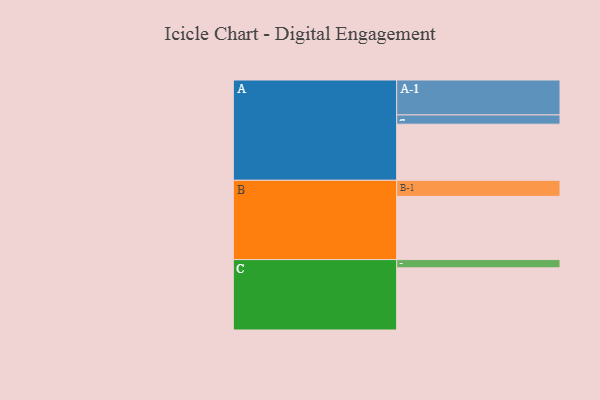
{"axis": {"x": "Segment", "y": "Value"}, "legend": ["", "A", "B", "C"], "data": [{"x": "A", "y": 413, "type": ""}, {"x": "B", "y": 465, "type": ""}, {"x": "C", "y": 457, "type": ""}, {"x": "A-1", "y": 257, "type": "A"}, {"x": "A-2", "y": 68, "type": "A"}, {"x": "B-1", "y": 118, "type": "B"}, {"x": "C-1", "y": 61, "type": "C"}]}